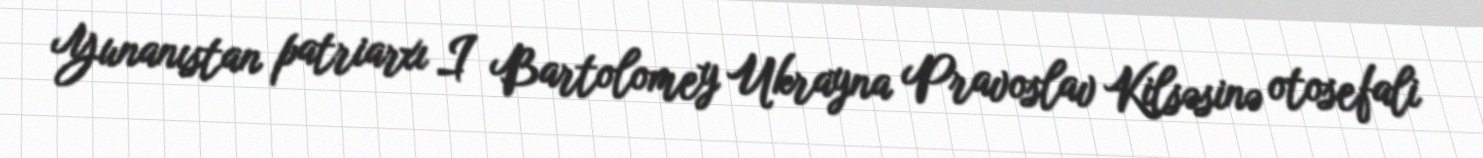
Yunanıstan patriarxı I Bartolomey Ukrayna Pravoslav Kilsəsinə otosefali